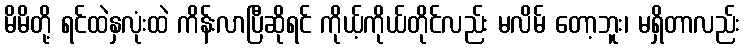
မိမိတို့ ရင်ထဲနှလုံးထဲ ကိန်းလာပြီဆိုရင် ကိုယ့်ကိုယ်တိုင်လည်း မလိမ် တော့ဘူး၊ မရှိတာလည်း